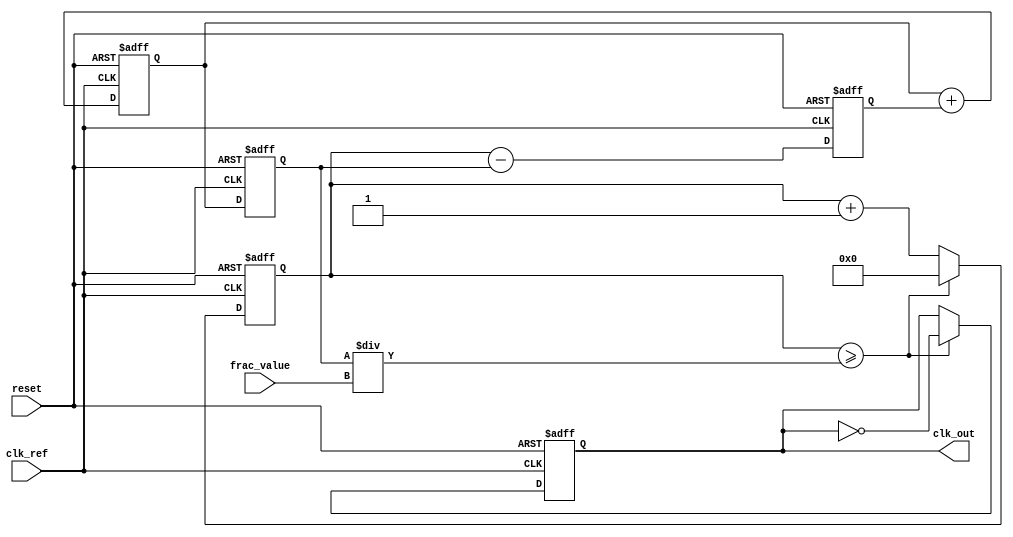
module fractional_PLL (
    input wire clk_ref,           // Reference clock input
    input wire reset,             // Asynchronous reset
    input wire [15:0] frac_value, // Fractional division value (for example)
    output reg clk_out            // Output clock signal
);

    // Internal signals
    reg [15:0] vco_freq;          // VCO frequency
    reg [15:0] feedback_div;      // Feedback division value
    reg [15:0] phase_error;       // Phase error signal
    wire [15:0] filtered_error;   // Filtered error signal
    reg [15:0] control_voltage;    // Control voltage for VCO
    reg [15:0] feedback_counter;   // Feedback counter for frequency division

    // Phase Detector (PD)
    always @(posedge clk_ref or posedge reset) begin
        if (reset) begin
            phase_error <= 16'd0;
        end else begin
            // Simple phase comparison logic
            // Increment phase_error based on the phase difference
            // This is a simplified representation
            phase_error <= feedback_counter - vco_freq; 
        end
    end

    // Loop Filter (Simple Integrator)
    always @(posedge clk_ref or posedge reset) begin
        if (reset) begin
            control_voltage <= 16'd0;
        end else begin
            // Simple first-order filter (integrator)
            control_voltage <= control_voltage + phase_error;
        end
    end

    // Voltage-Controlled Oscillator (VCO)
    always @(posedge clk_ref or posedge reset) begin
        if (reset) begin
            vco_freq <= 16'd0;
        end else begin
            // Update VCO frequency based on control voltage
            // For simplicity, we assume a linear relationship
            vco_freq <= control_voltage;
        end
    end

    // Frequency Divider
    always @(posedge clk_ref or posedge reset) begin
        if (reset) begin
            feedback_counter <= 16'd0;
            clk_out <= 1'b0;
        end else begin
            // Increment the feedback counter
            feedback_counter <= feedback_counter + 1;
            // Divide by the fractional value
            if (feedback_counter >= (vco_freq / frac_value)) begin
                clk_out <= ~clk_out; // Toggle output clock
                feedback_counter <= 16'd0; // Reset feedback counter
            end
        end
    end

endmodule